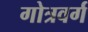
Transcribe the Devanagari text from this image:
गोत्रवर्ग